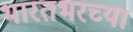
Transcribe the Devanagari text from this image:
भारतभरच्या